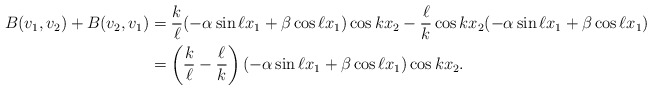
\begin{align*} B(v_1,v_2) + B(v_2,v_1) &= \frac{k}{\ell}(-\alpha \sin \ell x_1 + \beta \cos \ell x_1) \cos k x_2 - \frac{\ell}{k}\cos k x_2 (-\alpha \sin \ell x_1 + \beta \cos \ell x_1) \\& = \left(\frac{k}{\ell} - \frac{\ell}{k}\right)(-\alpha \sin \ell x_1 + \beta \cos \ell x_1) \cos k x_2. \end{align*}